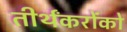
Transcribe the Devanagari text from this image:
तीर्थंकरोंको